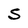
Character: S